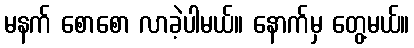
မနက် စောစော လာခဲ့ပါမယ်။ နောက်မှ တွေ့မယ်။